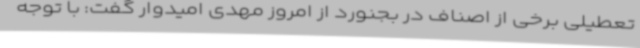
تعطیلی برخی از اصناف در بجنورد از امروز مهدی امیدوار گفت: با توجه